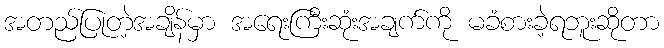
အတည်ပြုတဲ့အချိန်မှာ အရေးကြီးဆုံးအချက်ကို မခံစားခဲ့ရဘူးဆိုတာ